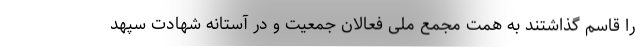
را قاسم گذاشتند به همت مجمع ملی فعالان جمعیت و در آستانه شهادت سپهد